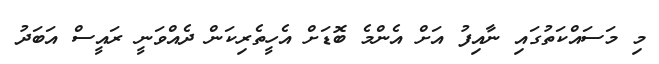
މި މަސައްކަތުގައި ނާއިފު އަށް އެންމެ ބޮޑަށް އެހީތެރިކަން ދެއްވަނީ ރައީސް އަބަދު